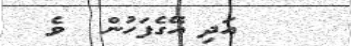
އަދި އޭގެފަހުން  ވެ